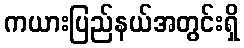
ကယားပြည်နယ်အတွင်းရှိ